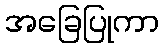
အခြေပြုကာ